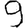
Digit: 9